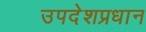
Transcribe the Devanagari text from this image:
उपदेशप्रधान